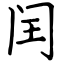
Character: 闰